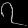
Digit: ၇